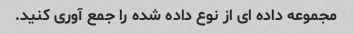
مجموعه داده ای از نوع داده شده را جمع آوری کنید.